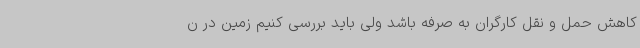
کاهش حمل و نقل کارگران به صرفه باشد ولی باید بررسی کنیم زمین در ن